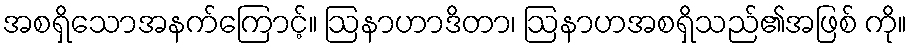
အစရှိသောအနက်ကြောင့်။ ဩနာဟာဒိတာ၊ ဩနာဟအစရှိသည်၏အဖြစ် ကို။